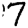
Digit: 7